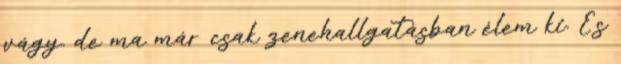
vágy. de ma már csak zenehallgatásban élem ki. És